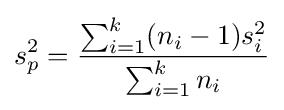
s_{p}^{2}={\frac {\sum _{i=1}^{k}(n_{i}-1)s_{i}^{2}}{\sum _{i=1}^{k}n_{i}}}